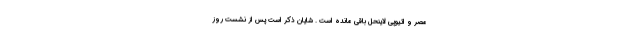
مصر و اتیوپی لاینحل باقی مانده است . شایان ذکر است پس از نشست روز